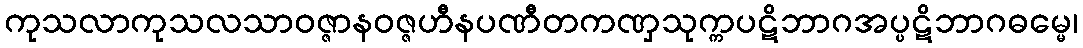
ကုသလာကုသလသာဝဇ္ဇာနဝဇ္ဇဟီနပဏီတကဏှသုက္ကပဋိဘာဂအပ္ပဋိဘာဂဓမ္မေ၊